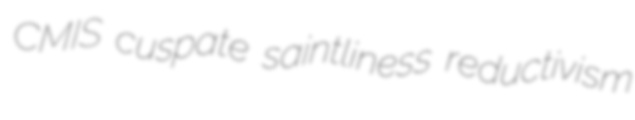
CMIS cuspate saintliness reductivism